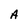
Character: A